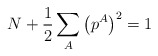
\begin{align*}N+\frac{1}{2}\sum_A\left(p^A\right)^2 = 1\end{align*}